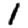
Digit: 1